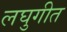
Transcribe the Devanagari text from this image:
लघुगीत